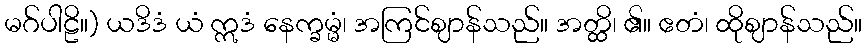
မဂ်ပါဠိ။) ယဒိဒံ ယံ ဣဒံ နေက္ခမ္မံ၊ အကြင်ဈာန်သည်။ အတ္ထိ၊ ၏။ ဧတံ၊ ထိုဈာန်သည်။